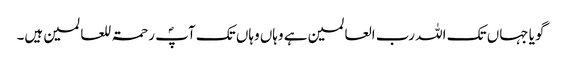
گویا جہاں تک اللہ رب العالمین ہے وہاں وہاں تک آپؐ رحمۃ للعالمین ہیں۔